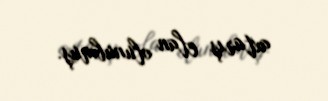
axtarış elan olunubmuş.